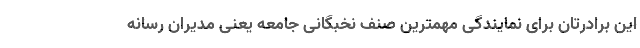
این برادرتان برای نمایندگی مهمترین صنف نخبگانی جامعه یعنی مدیران رسانه